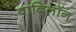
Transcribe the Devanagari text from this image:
बाबिलॉन